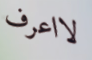
لااعرف